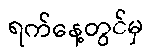
ရက်နေ့တွင်မှ